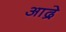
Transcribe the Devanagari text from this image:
आद्रे